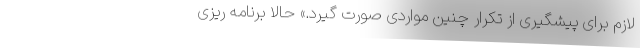
لازم برای پیشگیری از تکرار چنین مواردی صورت گیرد.» حالا برنامه ریزی